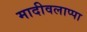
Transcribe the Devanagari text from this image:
मादीवलाप्पा